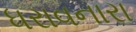
ધરાવનારા